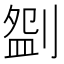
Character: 𠞚